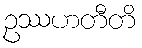
ဥဿဟတီတိ